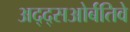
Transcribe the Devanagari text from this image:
अद्द्सओर्बतिवे